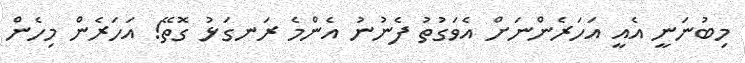
މިބުނަނީ އެއީ އަހަރެންނަށް އެވަގުތު ފެނުނު އެންމެ ރަނގަޅު ގޮތޭ! އަހަރެން މިހެން